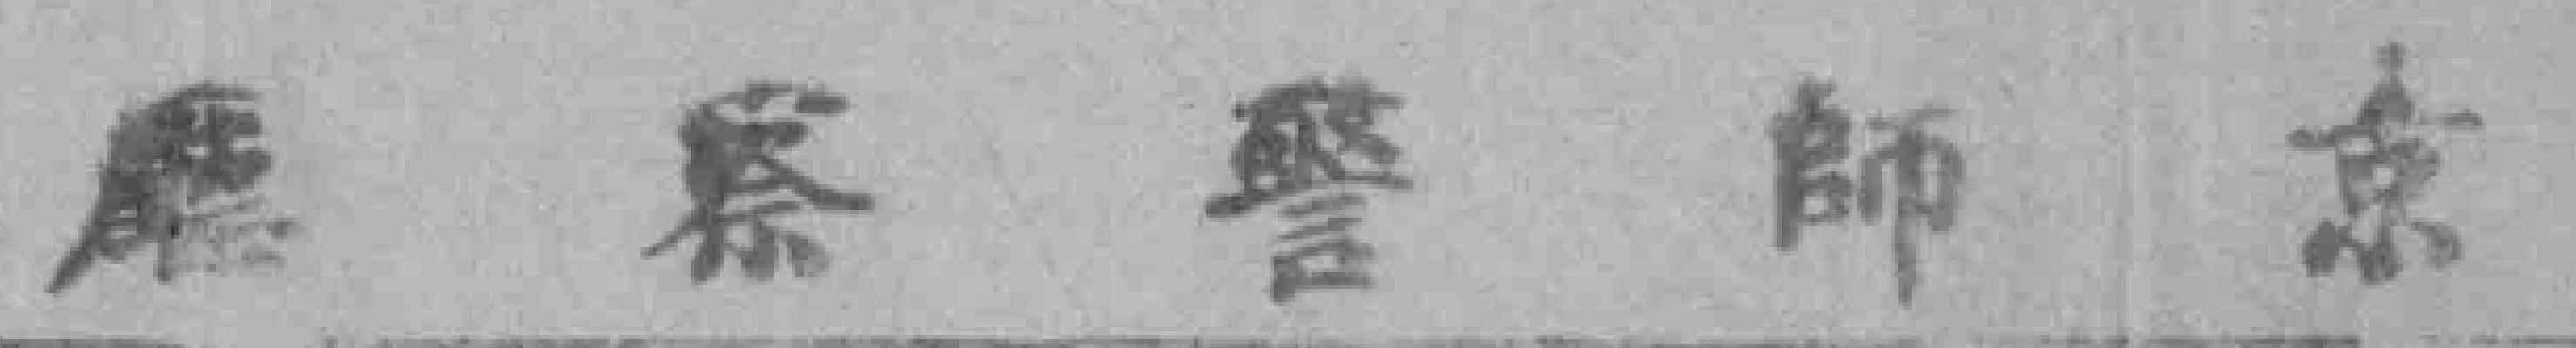
廰察警師京